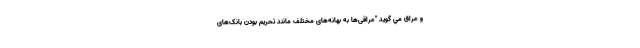
و عراق مي گويد "عراقی‌ها به بهانه‌های مختلف مانند تحریم بودن بانک‌های